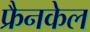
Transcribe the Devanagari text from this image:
फ्रैनकेल